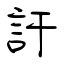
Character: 訐